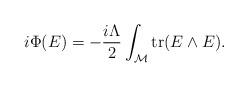
LaTeX: \begin{align*}i\Phi(E)=-{i\Lambda\over 2}\int_{\cal M} {\rm tr}(E\wedge E).\end{align*}